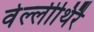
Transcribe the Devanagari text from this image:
वेल्लीथिरै